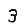
Digit: 3